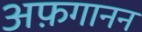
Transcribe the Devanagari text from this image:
अफ़गानन